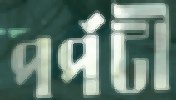
পর্পটী